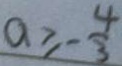
a \geq - \frac { 4 } { 3 }